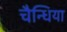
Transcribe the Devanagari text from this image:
चैन्धिया